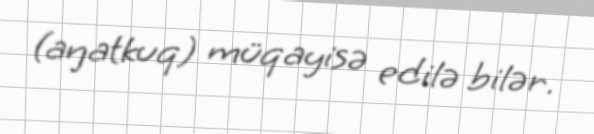
(aŋatkuq) müqayisə edilə bilər.